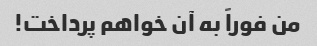
من فوراً به آن خواهم پرداخت!